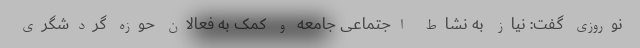
نوروزی گفت: نیاز به نشاط اجتماعی جامعه و کمک به فعالان حوزه گردشگری